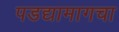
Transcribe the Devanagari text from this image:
पडद्यामागचा